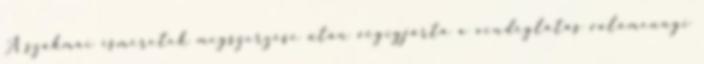
A szakmai ismeretek megszerzése után végigjárta a vendéglátás valamennyi